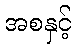
အစနှင့်